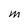
Character: m